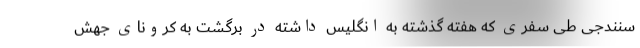
سنندجی طی سفری که هفته گذشته به انگلیس داشته در برگشت به کرونای جهش